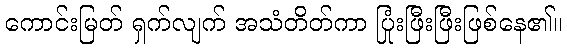
ကောင်းမြတ် ရှက်လျက် အသံတိတ်ကာ ပြုံးဖြီးဖြီးဖြစ်နေ၏။